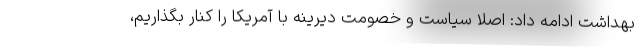
بهداشت ادامه داد: اصلا سیاست و خصومت دیرینه با آمریکا را کنار بگذاریم،